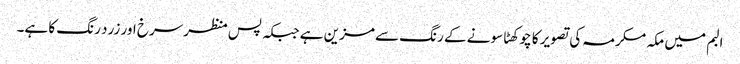
البم میں مکہ مکرمہ کی تصویر کا چوکھٹا سونے کے رنگ سے مزین ہے جبکہ پس منظرسرخ اور زرد رنگ کا ہے۔